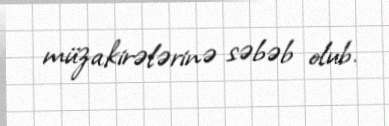
müzakirələrinə səbəb olub.